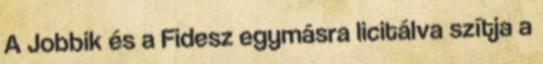
A Jobbik és a Fidesz egymásra licitálva szítja a